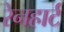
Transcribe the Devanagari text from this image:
रेनहार्ट